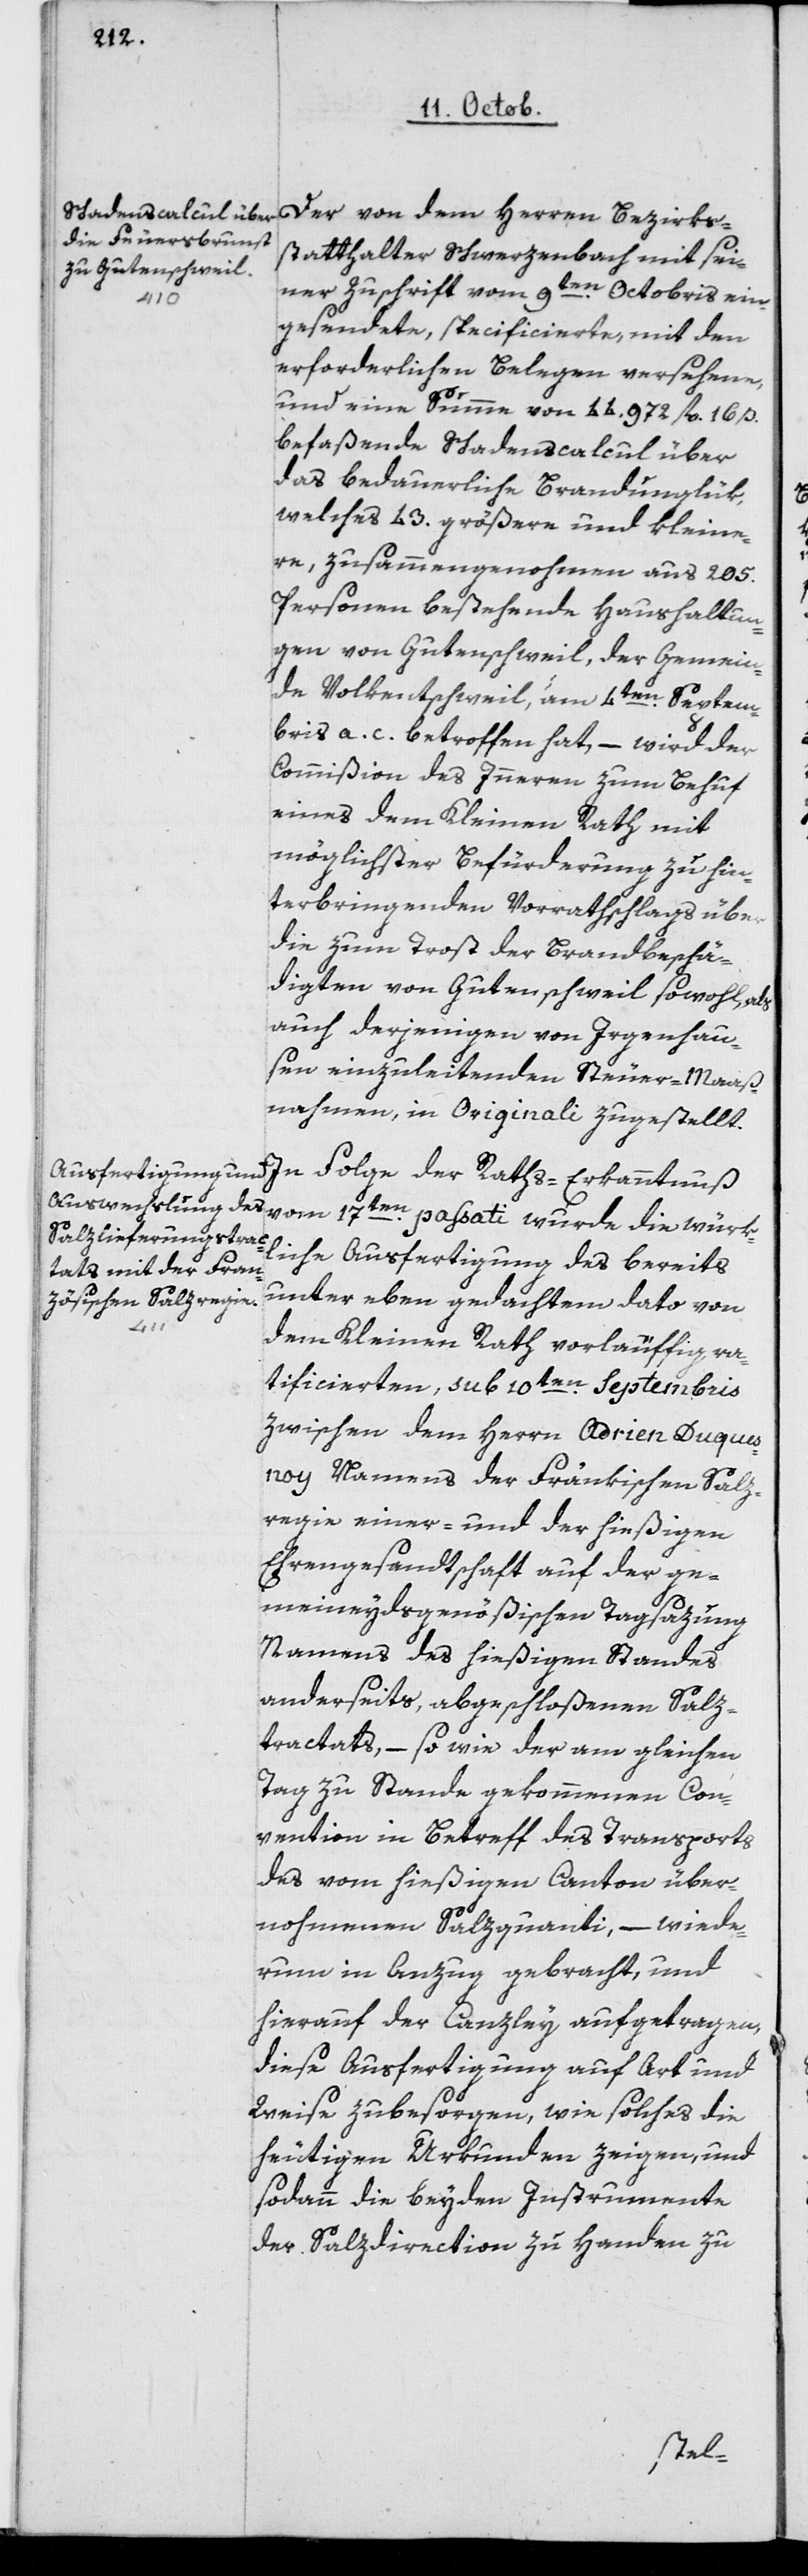
Der von dem Herren Bezirks¬
statthalter Schwerzenbach mit sei¬
ner Zuschrift vom 9ten Octobris ein¬
der
gesendete, specificierte, mit den
erforderlichen Belegen versehene,
und eine Summe von 44'972 fl. 16 ß
befaßende Schadenscalcul über
das bedauerliche Brandunglük,
welches 43 größere und kleine¬
re, zusammengenommen aus 205
Personen bestehende Haushaltun¬
gen von Gutenschweil, der Gemein¬
de Volkentschweil, am 4ten Septem¬
bris a. c. betroffen hat, – wird der
Commißion des Inneren zum Behuf
eines dem Kleinen Rath mit
möglichster Befürderung zu hin¬
terbringenden Vorrathschlags über
die zum Trost der Brandbeschä¬
digten von Gutenschweil sowohl, als
auch derjenigen von Irgenhau¬
sen einzuleitenden Steuer-Maaß¬
nahmen, in Originali zugestellt.
vom 17ten passati wurde die würk¬
liche Ausfertigung des bereits
unter eben gedachtem Dato von
In
dem Kleinen Rath vorläufig ve¬
rificierten, sub 10ten Septembris
zwischen dem Herrn Adrien Duques¬
noy Namens der Fränkischen Salz¬
regie einer- und der hießigen
Ehrengesandtschaft auf der ge¬
meineydsgenößischen Tagsazung
Namens des hießigen Standes
anderseits, abgeschloßenen Salz¬
tractats, – so wie der am gleichen
Tag zu Stande gekommenen Con¬
vention in Betreff des Transport¬
s vom hießigen Canton über¬
nohmenen Salzquanti, – wiede¬
rum in Anzug gebracht, und
hierauf der Canzley aufgetragen,
diese Ausfertigung auf Art und
Weise zu besorgen, wie solches die
heutigen Urkunden zeigen, und
sodann die beyden Instrumente
der Salzdirection zu Handen zu